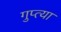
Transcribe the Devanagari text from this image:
गुप्‍त्या